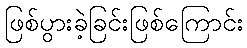
ဖြစ်ပွားခဲ့ခြင်းဖြစ်ကြောင်း